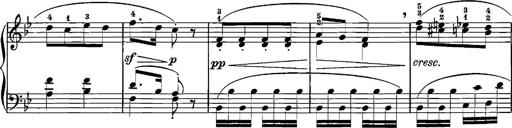
Title: 12 Sonatinas
Composer: Ignaz Pleyel